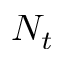
N _ { t }